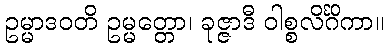
ဥမ္မာဒဝတိ ဥမ္မတ္တော၊ ခုဇ္ဇာဒီ ဝါစ္စလိင်္ဂိကာ။